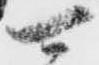
可